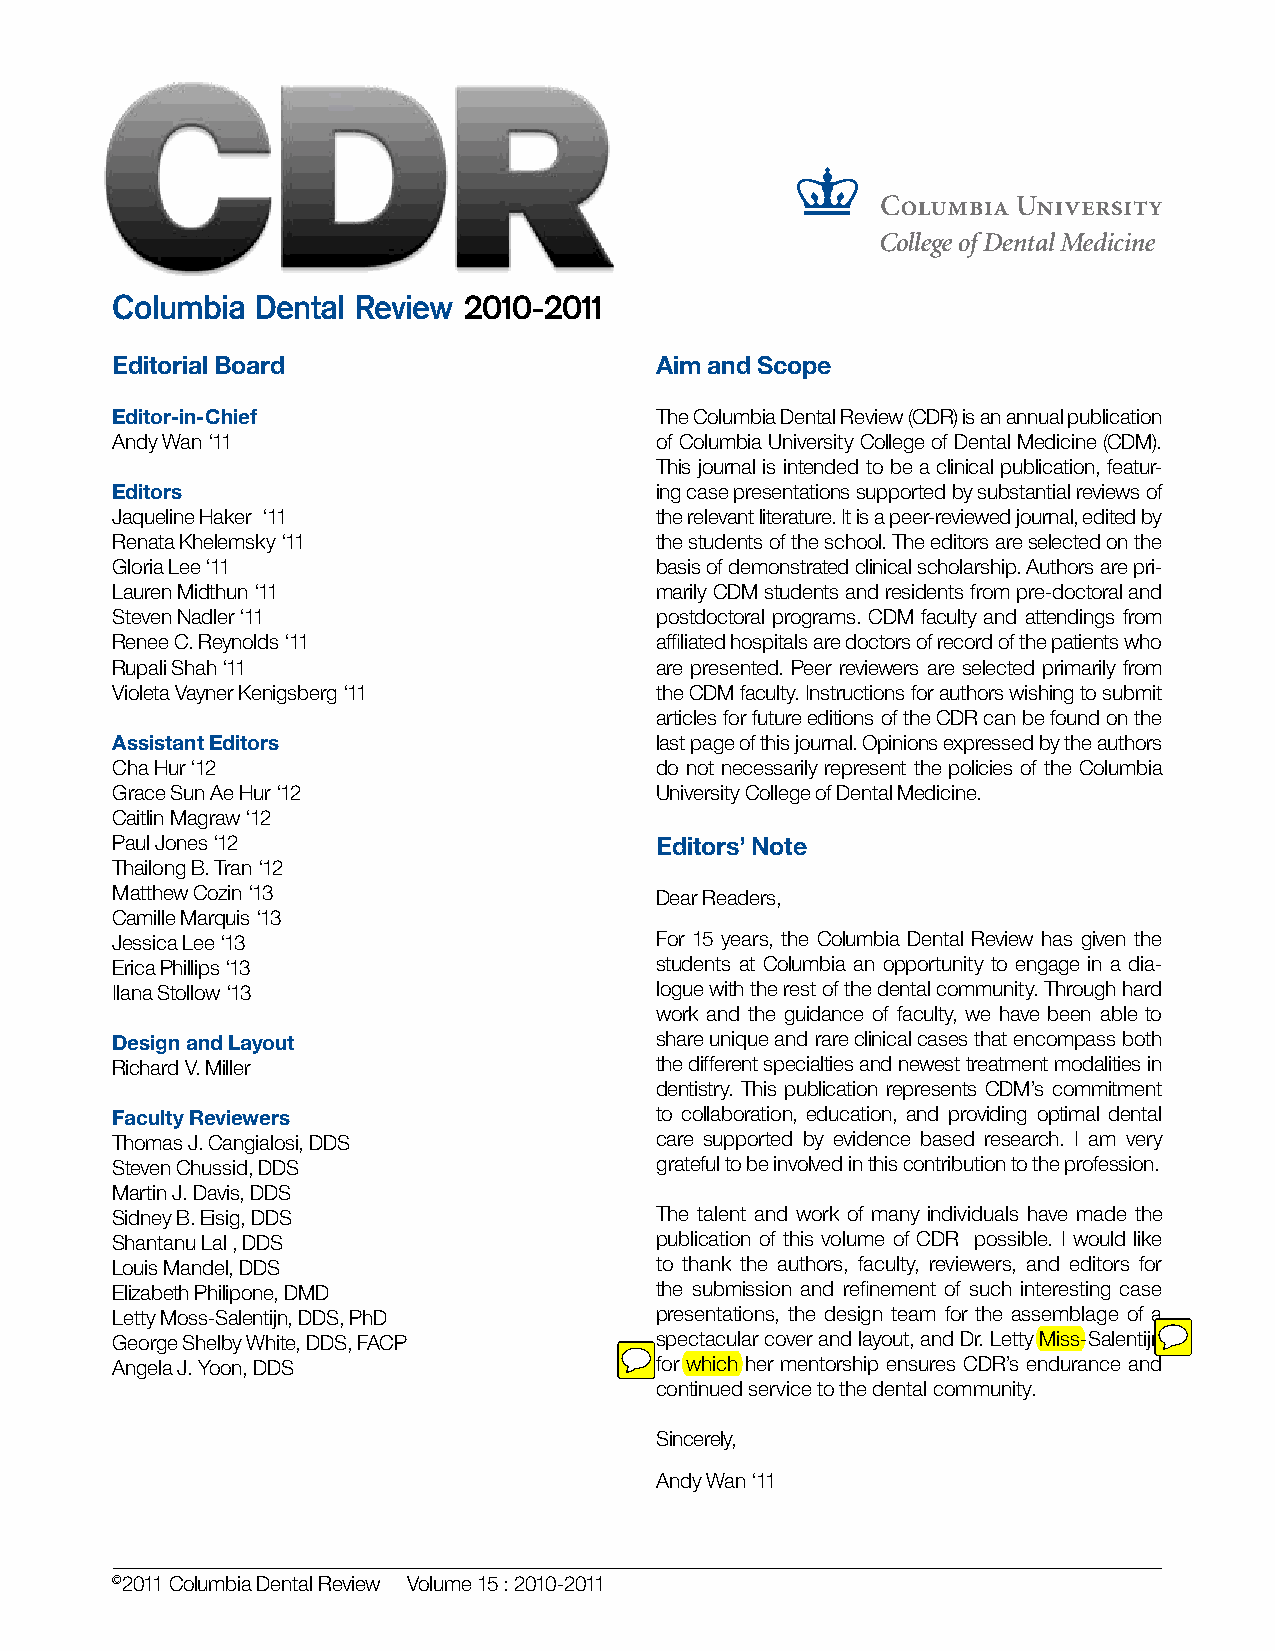
Columbia  Dental Review 2010-2011
 Editorial Board                     Aim and Scope
 Editor-in-Chief                     The Columbia Dental Review (CDR) is an annual publication
 Andy Wan ‘11                        of Columbia University College of Dental Medicine (CDM).
 This journal is intended to be a clinical publication, featur-
 Editors                             ing case presentations supported by substantial reviews of
 Jaqueline Haker ‘11                 the relevant literature. It is a peer-reviewed journal, edited by
 Renata Khelemsky ‘11                the students of the school. The editors are selected on the
 Gloria Lee ‘11                      basis of demonstrated clinical scholarship. Authors are pri-
 Lauren Midthun ‘11                  marily CDM students and residents from pre-doctoral and
 Steven Nadler ‘11                   postdoctoral programs. CDM faculty and attendings from
 Renee C. Reynolds ‘11               affiliated hospitals are doctors of record of the patients who
 Rupali Shah ‘11                     are presented. Peer reviewers are selected primarily from
 Violeta Vayner Kenigsberg ‘11       the CDM faculty. Instructions for authors wishing to submit
 articles for future editions of the CDR can be found on the
 Assistant Editors                   last page of this journal. Opinions expressed by the authors
 Cha Hur ‘12                         do not necessarily represent the policies of the Columbia
 Grace Sun Ae Hur ‘12                University College of Dental Medicine.
 Caitlin Magraw ‘12
 Paul Jones ‘12                      Editors’ Note
 Thailong B. Tran ‘12
 Matthew Cozin ‘13                   Dear Readers,
 Camille Marquis ‘13
 Jessica Lee ‘13                     For 15 years, the Columbia Dental Review has given the
 Erica Phillips ‘13                  students at Columbia an opportunity to engage in a dia-
 Ilana Stollow ‘13                   logue with the rest of the dental community. Through hard
 work and the guidance of faculty, we have been able to
 Design and Layout                   share unique and rare clinical cases that encompass both
 Richard V. Miller                   the different specialties and newest treatment modalities in
 dentistry. This publication represents CDM’s commitment
 Faculty Reviewers                   to collaboration, education, and providing optimal dental
 Thomas J. Cangialosi, DDS           care supported by evidence based research. I am very
 Steven Chussid, DDS                 grateful to be involved in this contribution to the profession.
 Martin J. Davis, DDS
 Sidney B. Eisig, DDS                The talent and work of many individuals have made the
 Shantanu Lal , DDS                  publication of this volume of CDR possible. I would like
 Louis Mandel, DDS                   to thank the authors, faculty, reviewers, and editors for
 Elizabeth Philipone, DMD            the submission and refinement of such interesting case
 Letty Moss-Salentijn, DDS, PhD      presentations, the design team for the assemblage of a
 George Shelby White, DDS, FACP      spectacular cover and layout, and Dr. Letty Miss-Salentijn
 Angela J. Yoon, DDS                 for which her mentorship ensures CDR’s endurance and
 continued service to the dental community.
 Sincerely,
 Andy Wan ‘11
 ©2011 Columbia Dental Review Volume 15 : 2010-2011